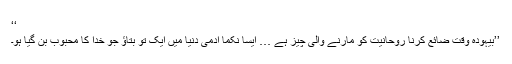
‘‘
’’بیہودہ وقت ضائع کرنا روحانیت کو مارنے والی چیز ہے … ایسا نکمّا آدمی دنیا میں ایک تو بتاؤ جو خدا کا محبوب بن گیا ہو۔